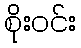
စိုးဝင်း